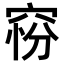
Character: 𥦋